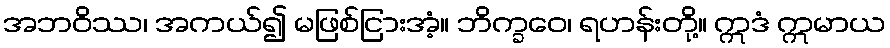
အဘဝိဿ၊ အကယ်၍ မဖြစ်ငြားအံ့။ ဘိက္ခဝေ၊ ရဟန်းတို့။ ဣဒံ ဣမာယ